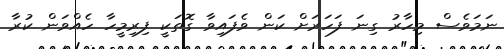
ނަމަވެސް މިހާރު ގިނަ ފަހަރަށް ކަން ވެފައިވާ ގޮތަކީ ފިރިމީހާ ހެއްވަން ކުރާ